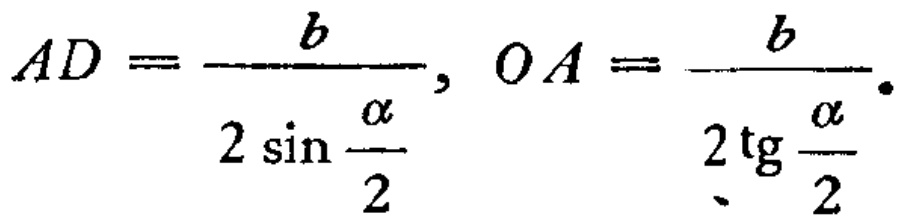
\[AD = \frac{b}{2\sin\frac{\alpha}{2}}, OA = \frac{b}{2\tg\frac{\alpha}{2}}.\]